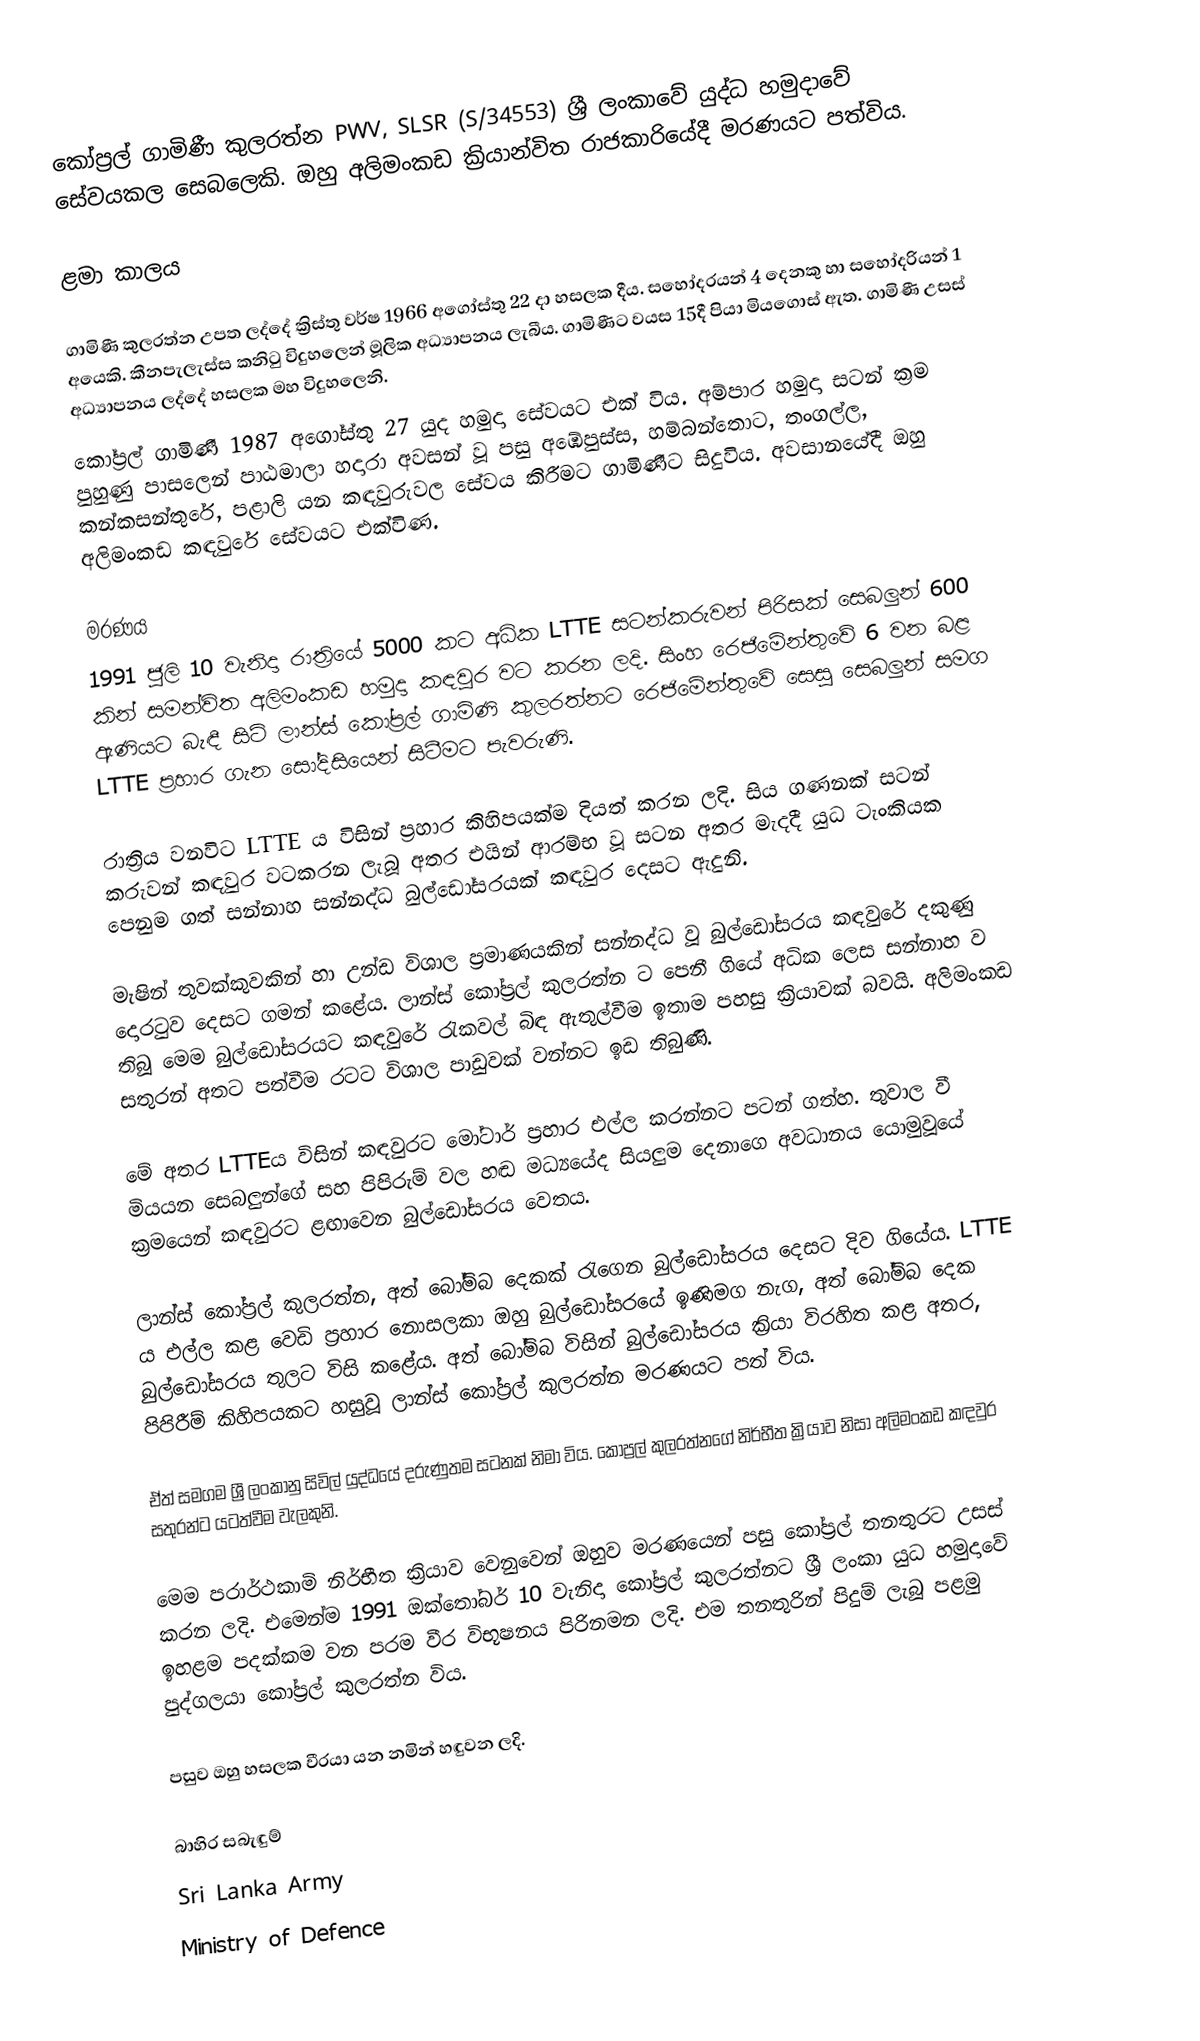
කෝප්‍රල් ගාමිණී කුලරත්න PWV, SLSR (S/34553) ශ්‍රී ලංකාවේ යුද්ධ හමුදාවේ සේවයකල සෙබලෙකි. ඔහු අලිමංකඩ ක්‍රියාන්විත රාජකාරියේදී මරණයට පත්විය.

ළමා කාලය

ගාමිණී කුලරත්න උපත ලද්දේ ක්‍රිස්තු වර්ෂ 1966 අගෝස්තු 22 දා හසලක දීය. සහෝදරයන් 4 දෙනකු හා සහෝදරියන් 1 අයෙකි. කීනපැලැස්ස කනිටු විදුහලෙන් මූලික අධ්‍යාපනය ලැබීය. ගාමිණීට වයස 15දී පියා මියගොස් ඇත. ගාමිණී උසස් අධ්‍යාපනය ලද්දේ හසලක මහ විදුහලෙනි.
කෝප්‍රල් ගාමිණී 1987 අගෝස්තු 27 යුද හමුදා සේවයට එක් විය. අම්පාර හමුදා සටන් ක‍්‍රම පුහුණු පාසලෙන් පාඨමාලා හදාරා අවසන් වූ පසු අඹේපුස්ස, හම්බන්තොට, තංගල්ල, කන්කසන්තුරේ, පළාලි යන කඳවුරුවල සේවය කිරීමට ගාමිණීට සිදුවිය. අවසානයේදී ඔහු අලිමංකඩ කඳවුරේ සේවයට එක්විණ.

මරණය
1991 ජුලි 10 වැනිදා රාත්‍රියේ 5000 කට අධික LTTE සටන්කරුවන් පිරිසක් සෙබලුන් 600 කින් සමන්විත අලිමංකඩ හමුදා කඳවුර වට කරන ලදි. සිංහ රෙජිමේන්තුවේ 6 වන බළ ඇණියට බැඳී සිටි ලාන්ස් කෝප්‍රල් ගාමිණි කුලරත්නට රෙජිමේන්තුවේ සෙසු සෙබලුන් සමග LTTE ප්‍රහාර ගැන සෝදිසියෙන් සිටීමට පැවරුණි.

රාත්‍රිය වනවිට LTTE ය විසින් ප්‍රහාර කිහිපයක්ම දියත් කරන ලදි. සිය ගණනක් සටන් කරුවන් කඳවුර වටකරන ලැබූ අතර එයින් ආරම්භ වූ සටන අතර මැදදී යුධ ටැංකියක පෙනුම ගත් සන්නාහ සන්නද්ධ බුල්ඩෝසරයක් කඳවුර දෙසට ඇදුනි.

මැෂින් තුවක්කුවකින් හා උන්ඩ විශාල ප්‍රමාණයකින් සන්නද්ධ වූ බුල්ඩෝසරය කඳවුරේ දකුණු දොරටුව දෙසට ගමන් කළේය. ලාන්ස් කෝප්‍රල් කුලරත්න ට පෙනී ගියේ අධික ලෙස සන්නාහ ව තිබූ මෙම බුල්ඩෝසරයට කඳවුරේ රැකවල් බිඳ ඇතුල්වීම ඉතාම පහසු ක්‍රියාවක් බවයි. අලිමංකඩ සතුරන් අතට පත්වීම රටට විශාල පාඩුවක් වන්නට ඉඩ තිබුණි.

මේ අතර LTTEය විසින් කඳවුරට මෝටාර් ප්‍රහාර එල්ල කරන්නට පටන් ගත්හ. තුවාල වී මියයන සෙබලුන්ගේ සහ පිපිරුම් වල හඬ මධ්‍යයේද සියලුම දෙනාගෙ අවධානය යොමුවූයේ ක්‍රමයෙන් කඳවුරට ළඟාවෙන බුල්ඩෝසරය වෙතය.

ලාන්ස් කෝප්‍රල් කුලරත්න, අත් බෝම්බ දෙකක් රැගෙන බුල්ඩෝසරය දෙසට දිව ගියේය. LTTE ය එල්ල කළ වෙඩි ප්‍රහාර නොසලකා ඔහු බුල්ඩෝසරයේ ඉණිමග නැග, අත් බෝම්බ දෙක බුල්ඩෝසරය තුලට විසි කළේය. අත් බෝම්බ විසින් බුල්ඩෝසරය ක්‍රියා විරහිත කළ අතර, පිපිරීම් කිහිපයකට හසුවූ ලාන්ස් කෝප්‍රල් කුලරත්න මරණයට පත් විය.

ඒත් සමගම ශ්‍රී ලංකානු සිවිල් යුද්ධයේ දරුණුතම සටනක් නිමා විය. කෝප්‍රල් කුලරත්නගේ නිර්භීත ක්‍රියාව නිසා අලිමංකඩ කඳවුර සතුරන්ට යටත්වීම වැලකුනි.

මෙම පරාර්ථකාමි නිර්භීත ක්‍රියාව වෙනුවෙන් ඔහුව මරණයෙන් පසු කෝප්‍රල් තනතුරට උසස් කරන ලදි. එමෙන්ම 1991 ඔක්තෝබර් 10 වැනිදා කෝප්‍රල් කුලරත්නට ශ්‍රී ලංකා යුධ හමුදාවේ ඉහළම පදක්කම වන පරම වීර විභූෂනය පිරිනමන ලදි. එම තනතුරින් පිදුම් ලැබූ පළමු පුද්ගලයා කෝප්‍රල් කුලරත්න විය.

පසුව ඔහු හසලක වීරයා යන නමින් හඳුවන ලදි.

බාහිර සබැඳුම්
  Sri Lanka Army
   Ministry of Defence